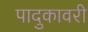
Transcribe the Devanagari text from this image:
पादुकावरी